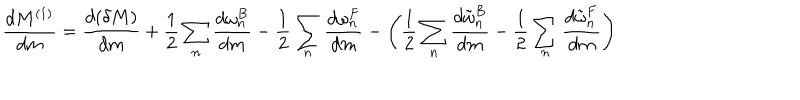
{ \frac { d M ^ { ( 1 ) } } { d m } } = { \frac { d ( \delta M ) } { d m } } + { \frac { 1 } { 2 } } \sum _ { n } { \frac { d \omega _ { n } ^ { B } } { d m } } - { \frac { 1 } { 2 } } \sum _ { n } { \frac { d \omega _ { n } ^ { F } } { d m } } - \left( { \frac { 1 } { 2 } } \sum _ { n } { \frac { d \tilde { \omega } _ { n } ^ { B } } { d m } } - { \frac { 1 } { 2 } } \sum _ { n } { \frac { d \tilde { \omega } _ { n } ^ { F } } { d m } } \right)